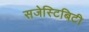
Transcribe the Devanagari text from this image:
सजेस्टिबिटी